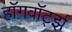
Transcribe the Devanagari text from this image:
हॉगवॉर्ट्झ